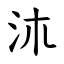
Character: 㳈